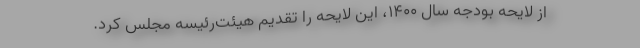
از لایحه بودجه سال ۱۴۰۰، این لایحه را تقدیم هیئت‌رئیسه مجلس کرد.